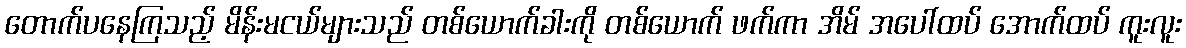
တောက်ပနေကြသည့် မိန်းမငယ်များသည် တစ်ယောက်ခါးကို တစ်ယောက် ဖက်ကာ အိမ် အပေါ်ထပ် အောက်ထပ် ကူးလူး